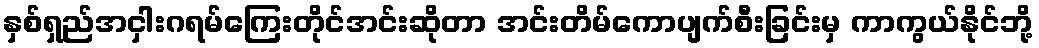
နှစ်ရှည်အငှါးဂရမ်ကြေးတိုင်အင်းဆိုတာ အင်းတိမ်ကောပျက်စီးခြင်းမှ ကာကွယ်နိုင်ဘို့